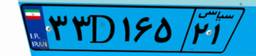
۳۳D۱۶۵۲۱